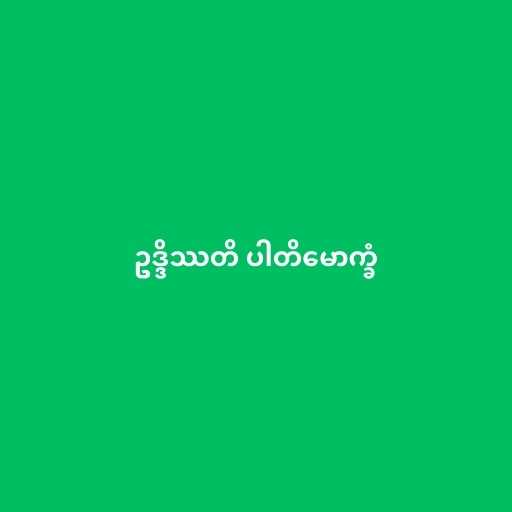
ဥဒ္ဒိဿတိ ပါတိမောက္ခံ